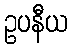
ဥပနီယ